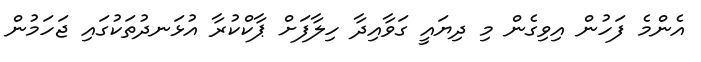
އެންމެ ފަހުން އިވިގެން މި ދިޔައީ ގަވާއިދާ ހިލާފަށް ޕާކްކުރާ އުޅަނދުތަކުގައި ޖަހަމުން